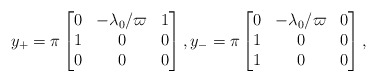
\begin{align*}y_+=\pi\begin{bmatrix}0&-\lambda_0/\varpi &1\\ 1 & 0&0\\ 0&0& 0\end{bmatrix},y_-=\pi\begin{bmatrix}0&-\lambda_0/\varpi &0\\ 1 & 0&0\\ 1&0& 0\end{bmatrix},\end{align*}